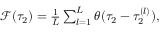
\begin{array} { r } { \mathcal { F } ( \tau _ { 2 } ) = \frac { 1 } { L } \sum _ { l = 1 } ^ { L } \theta ( \tau _ { 2 } - \tau _ { 2 } ^ { ( l ) } ) , } \end{array}